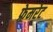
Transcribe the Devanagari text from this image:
फ़्रेमरेट